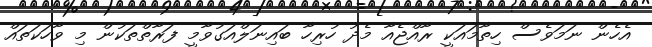
އެހެން ނަމަވެސް ހިތާމައަކީ ރާއްޖެއާ މެދު ހުރިހާ ބައިނަލްއަގުވާމީ ފަރާތްތަކުން މި ވާހަކަތައް